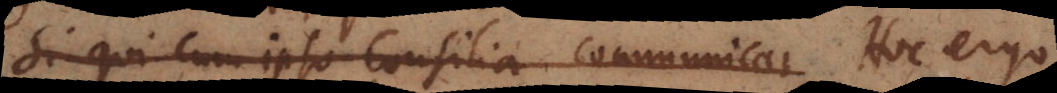
Si qui cum ipso consilia communicar Hoc ergo